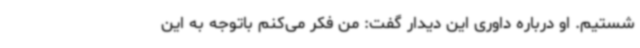
شستیم. او درباره داوری این دیدار گفت: من فکر می‌کنم باتوجه به این